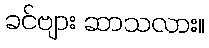
ခင်ဗျား ဆာသလား။